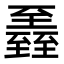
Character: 𦥏